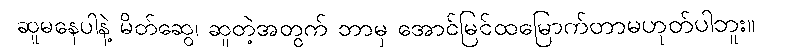
ဆူမနေပါနဲ့ မိတ်ဆွေ၊ ဆူတဲ့အတွက် ဘာမှ အောင်မြင်ထမြောက်တာမဟုတ်ပါဘူး။